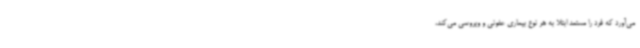
می‌آورد که فرد را مستعد ابتلا به هر نوع بیماری عفونی و ویروسی می‌کند،